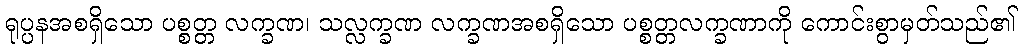
ရုပ္ပနအစရှိသော ပစ္စတ္တ လက္ခဏ၊ သလ္လက္ခဏ လက္ခဏအစရှိသော ပစ္စတ္တလက္ခဏာကို ကောင်းစွာမှတ်သည်၏